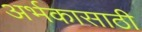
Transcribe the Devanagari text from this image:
अर्भकासाठी